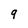
Character: 9